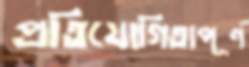
প্রতিযোগিতাপূর্ণ